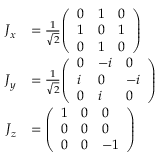
{ \begin{array} { r l } { { \boldsymbol { J } } _ { x } } & { = { \frac { 1 } { \sqrt { 2 } } } { \left( \begin{array} { l l l } { 0 } & { 1 } & { 0 } \\ { 1 } & { 0 } & { 1 } \\ { 0 } & { 1 } & { 0 } \end{array} \right) } } \\ { { \boldsymbol { J } } _ { y } } & { = { \frac { 1 } { \sqrt { 2 } } } { \left( \begin{array} { l l l } { 0 } & { - i } & { 0 } \\ { i } & { 0 } & { - i } \\ { 0 } & { i } & { 0 } \end{array} \right) } } \\ { { \boldsymbol { J } } _ { z } } & { = { \left( \begin{array} { l l l } { 1 } & { 0 } & { 0 } \\ { 0 } & { 0 } & { 0 } \\ { 0 } & { 0 } & { - 1 } \end{array} \right) } } \end{array} }